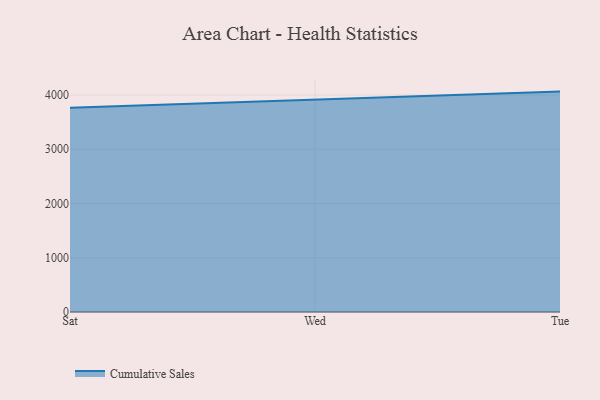
{"axis": {"x": "Day", "y": "Demand Index"}, "legend": ["Cumulative Sales"], "data": [{"x": "Sat", "y": 3765.6, "type": "Cumulative Sales"}, {"x": "Wed", "y": 3911.4, "type": "Cumulative Sales"}, {"x": "Tue", "y": 4063.4, "type": "Cumulative Sales"}]}